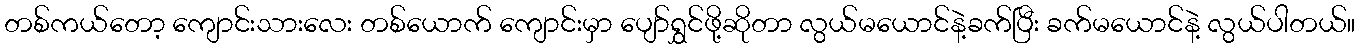
တစ်ကယ်တော့ ကျောင်းသားလေး တစ်ယောက် ကျောင်းမှာ ပျော်ရွှင်ဖို့ဆိုတာ လွယ်မယောင်နဲ့ခက်ပြီး ခက်မယောင်နဲ့ လွယ်ပါတယ်။